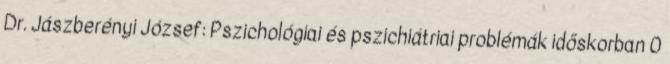
Dr. Jászberényi József: Pszichológiai és pszichiátriai problémák időskorban 0